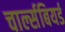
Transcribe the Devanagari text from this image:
चार्ल्सबियर्ड